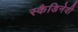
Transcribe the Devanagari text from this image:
स्कैडिनेवी